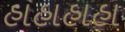
હાહાહાહા